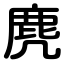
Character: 麂